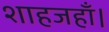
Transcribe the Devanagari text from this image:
शाहजहाँ।